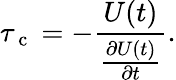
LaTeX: \tau_{\mathrm{~c~}}=-\frac{U(t)}{\frac{\partial U(t)}{\partial t}}.